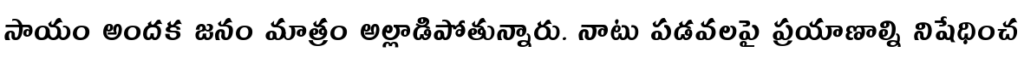
సాయం అందక జనం మాత్రం అల్లాడిపోతున్నారు. నాటు పడవలపై ప్రయాణాల్ని నిషేధించ